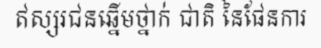
ឥស្សរជនឆ្នើមថ្នាក់ ជាតិ នៃផែនការ